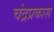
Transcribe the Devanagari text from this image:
चंद्रप्रकास